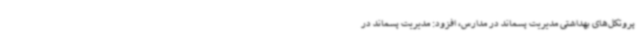
پروتکل‌های بهداشتی مدیریت پسماند در مدارس، افزود: مدیریت پسماند در